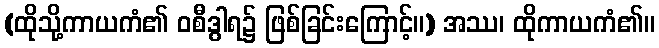
(ထိုသို့ကာယကံ၏ ဝစီဒွါရ၌ ဖြစ်ခြင်းကြောင့်။) အဿ၊ ထိုကာယကံ၏။